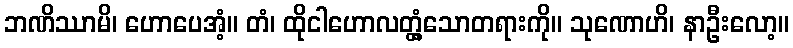
ဘဏိဿာမိ၊ ဟောပေအံ့။ တံ၊ ထိုငါဟောလတ္တံ့သောတရားကို။ သုဏောဟိ၊ နာဦးလော့။